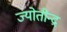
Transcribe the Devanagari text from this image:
ज्योतीन्द्र